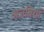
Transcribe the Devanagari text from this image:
अजबियों